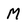
Character: M